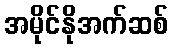
အမိုင်နိုအက်ဆစ်